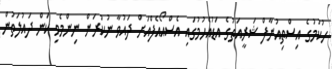
ހުކުމުގެ އިސްތިއުނާފް ޝަރީއަތުގެ އަޑުއެހުމުގައި އެސްއޯއެފްއަށް ދައުވާ ނުކުރަން ނިންމެވި ކަން ދައުލަތުން